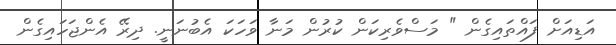
އަޑިއަށް ފައްތައިގެން " މަސްވެރިކަން ކުރުން މަނާ ވަހަކަ އެބުނަނީ. ދިރޭ އެންޖަހައިގެން